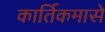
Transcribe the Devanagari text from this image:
कार्तिकमासे